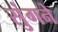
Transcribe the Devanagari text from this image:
सुंगने